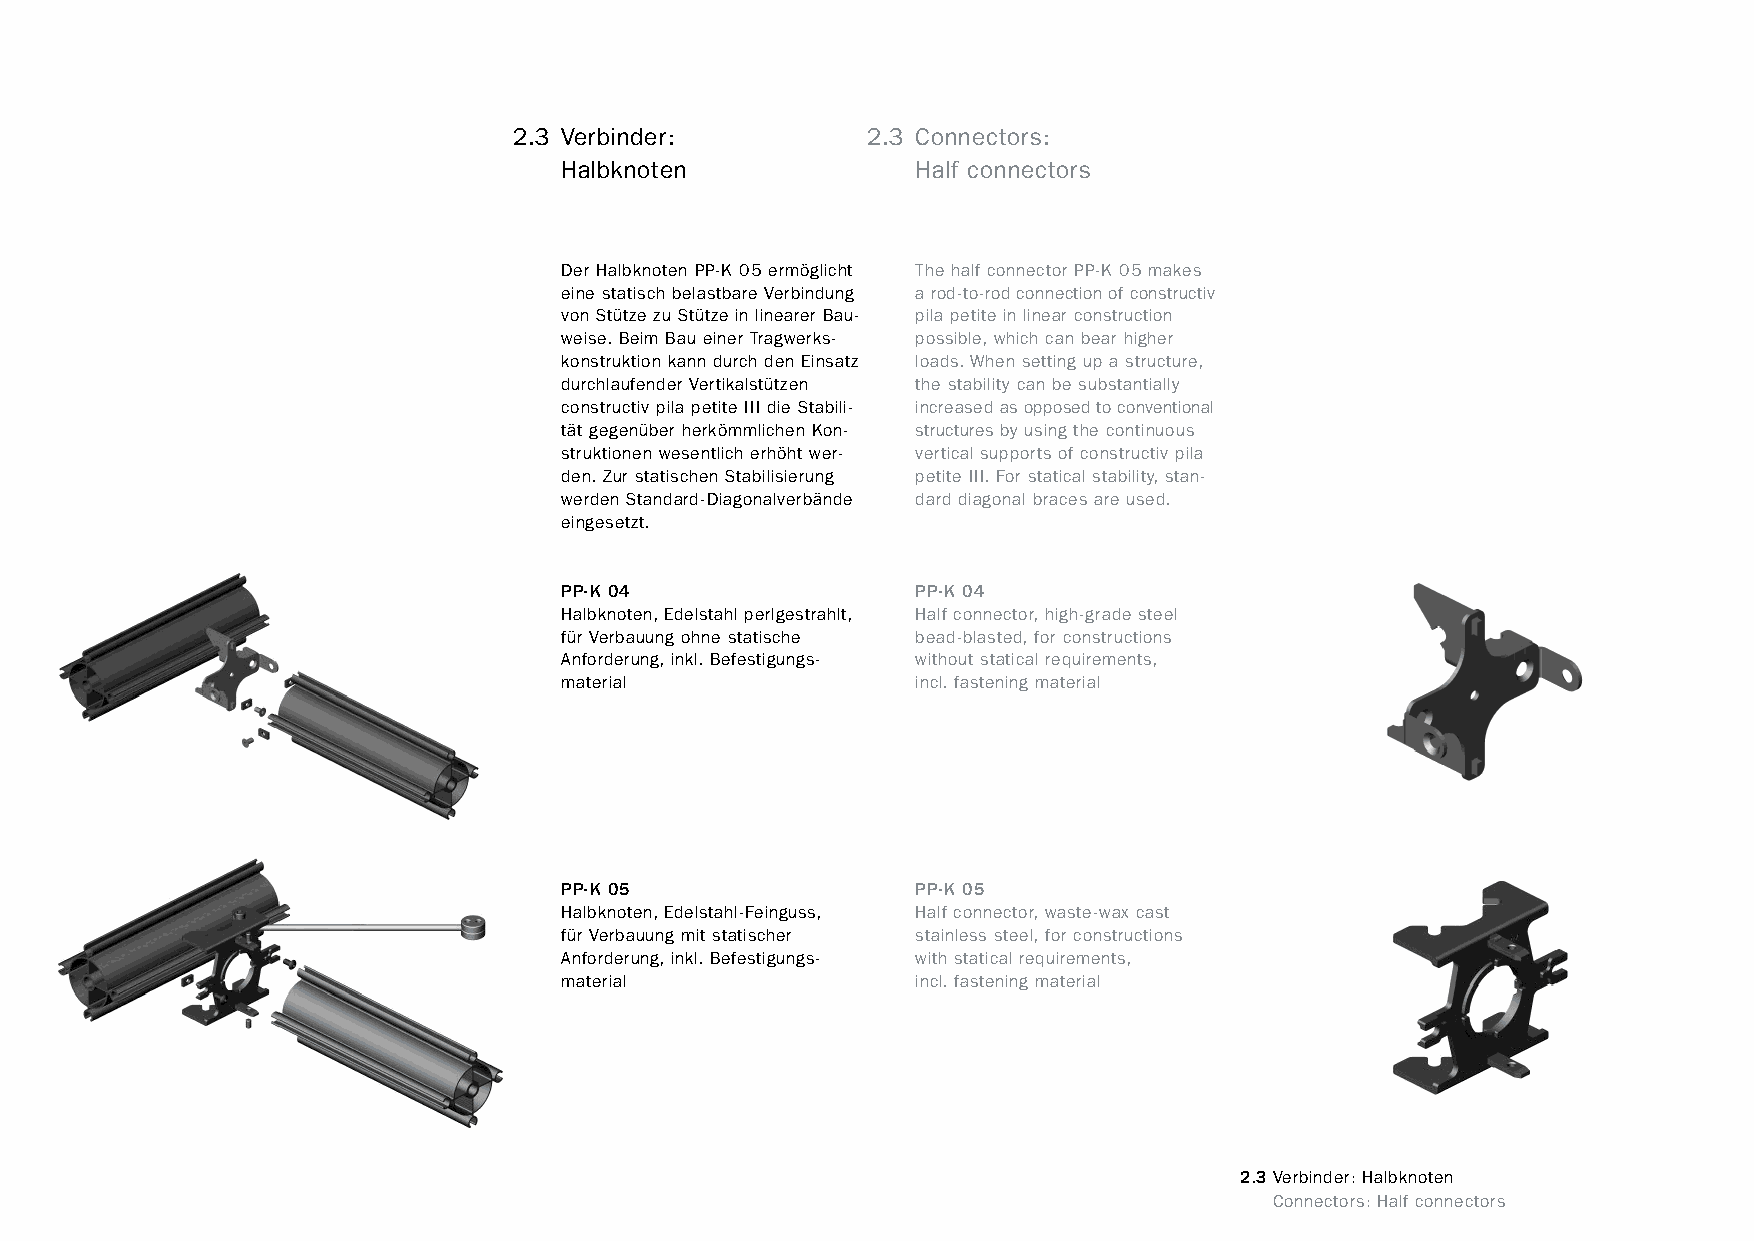
constructivpila petite        2.3 Verbinder:         2.3 Connectors:
 Halbknoten              Half connectors
 Der Halbknoten PP-K 05 ermöglicht The half connector PP-K 05 makes
 eine statisch belastbare Verbindung a rod-to-rod connection of constructiv
 von Stütze zu Stütze in linearer Bau- pila petite in linear construction
 weise. Beim Bau einer Tragwerks- possible, which can bear higher
 konstruktion kann durch den Einsatz loads. When setting up a structure,
 durchlaufender Vertikalstützen the stability can be substantially
 constructiv pila petite III die Stabili- increased asopposedtoconventional
 tät gegenüber herkömmlichen Kon- structures by using the continuous
 struktionen wesentlich erhöht wer- vertical supports of constructiv pila
 den. Zur statischen Stabilisierung petite III. For statical stability, stan-
 werden Standard-Diagonalverbände dard diagonal braces are used.
 eingesetzt.
 PP-K 04                 PP-K 04
 Halbknoten, Edelstahl perlgestrahlt, Half connector, high-grade steel
 für Verbauung ohne statische bead-blasted, for constructions
 Anforderung, inkl. Befestigungs- without statical requirements,
 material                incl. fastening material
 PP-K 05                 PP-K 05
 Halbknoten, Edelstahl-Feinguss, Half connector, waste-wax cast
 für Verbauung mit statischer stainless steel, for constructions
 Anforderung, inkl. Befestigungs- with statical requirements,
 material                incl. fastening material
 2.3Verbinder: Halbknoten
 www.burkhardtleitner.de                                                         Connectors: Half connectors